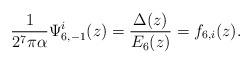
LaTeX: \begin{align*}\frac{1}{2^7\pi \alpha} \Psi_{6,-1}^i(z)=\frac{\Delta(z)}{E_6(z)}=f_{6,i}(z).\end{align*}